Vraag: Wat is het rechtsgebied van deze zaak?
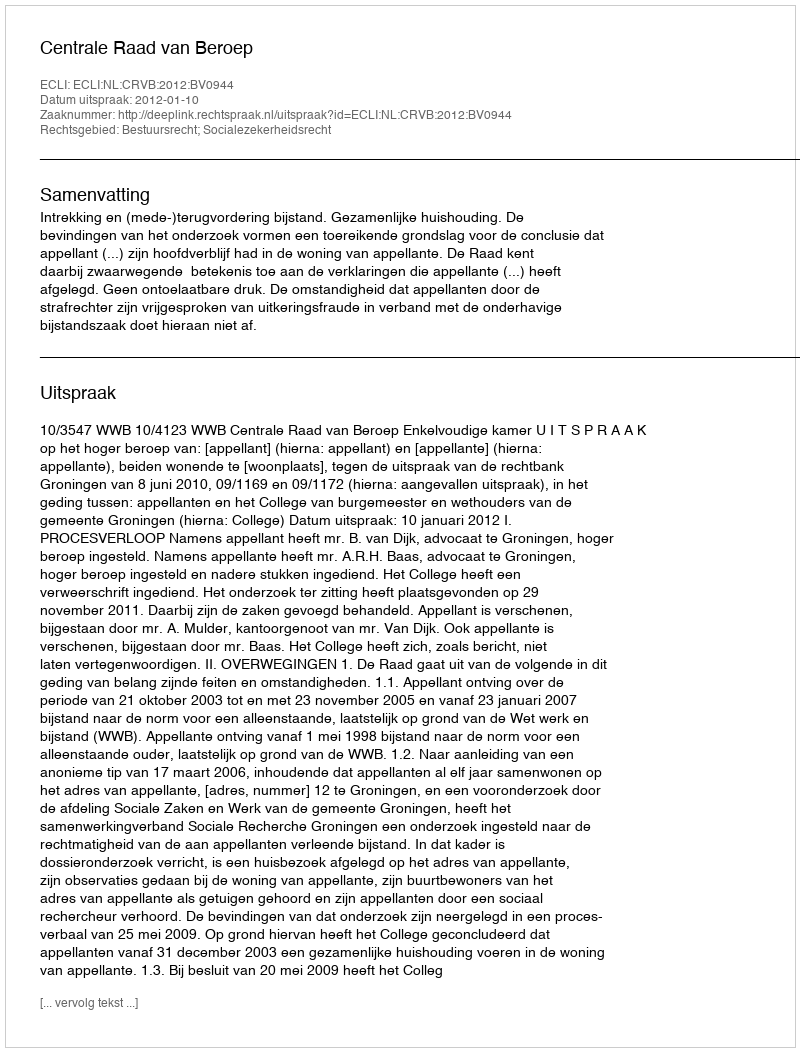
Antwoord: Bestuursrecht; Socialezekerheidsrecht